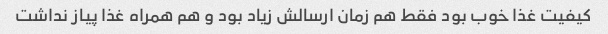
کیفیت غذا خوب بود فقط هم زمان ارسالش زیاد بود و هم همراه غذا پیاز نداشت